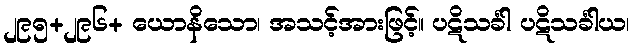
၂၉၅+၂၉၆+ ယောနိသော၊ အသင့်အားဖြင့်။ ပဋိသင်္ခါ ပဋိသင်္ခါယ၊